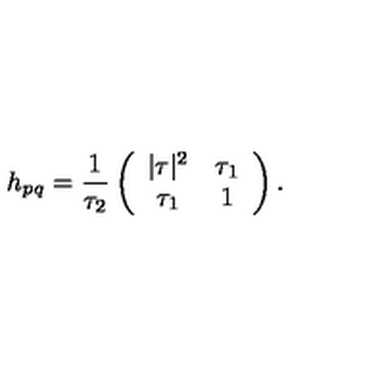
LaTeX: h _ { p q } = \frac { 1 } { \tau _ { 2 } } \left( \begin{array} { c c } { | \tau | ^ { 2 } } & { \tau _ { 1 } } \\ { \tau _ { 1 } } & { 1 } \\ \end{array} \right) .